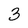
Character: 3